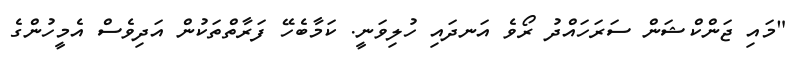
"މައި ޖަންކްޝަން ސަރަހައްދު ރޯވެ އަނދައި ހުލިވަނީ. ކަމާބެހޭ ފަރާތްތަކުން އަދިވެސް އެމީހުންގެ